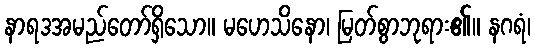
နာရဒအမည်တော်ရှိသော။ မဟေသိနော၊ မြတ်စွာဘုရား၏။ နဂရံ၊